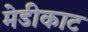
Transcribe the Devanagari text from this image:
मेडीकाट